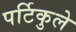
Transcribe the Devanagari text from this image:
पर्टिकुले